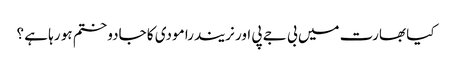
کیا بھارت میں بی جے پی اور نریندرا مودی کا جادو ختم ہو رہا ہے ؟